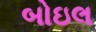
બોઇલ